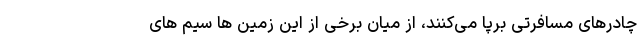
چادرهای مسافرتی برپا می‌کنند، از میان برخی از این زمین ها سیم های